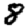
Digit: 8